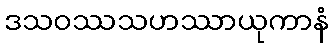
ဒသဝဿသဟဿာယုကာနံ